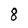
Character: 8